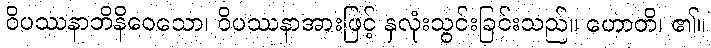
ဝိပဿနာဘိနိဝေသော၊ ဝိပဿနာအားဖြင့် နှလုံးသွင်းခြင်းသည်။ ဟောတိ၊ ၏။